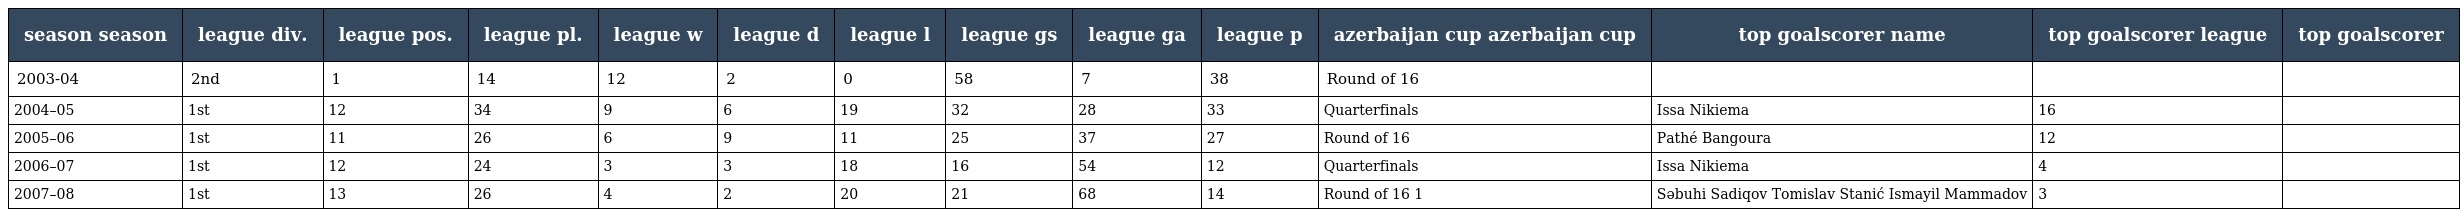
| season season | league div. | league pos. | league pl. | league w | league d | league l | league gs | league ga | league p | azerbaijan cup azerbaijan cup | top goalscorer name | top goalscorer league | top goalscorer |
 | --- | --- | --- | --- | --- | --- | --- | --- | --- | --- | --- | --- | --- | --- |
 | 2003-04 | 2nd | 1 | 14 | 12 | 2 | 0 | 58 | 7 | 38 | Round of 16 |  |  |  |
 | 2004–05 | 1st | 12 | 34 | 9 | 6 | 19 | 32 | 28 | 33 | Quarterfinals | Issa Nikiema | 16 |  |
 | 2005–06 | 1st | 11 | 26 | 6 | 9 | 11 | 25 | 37 | 27 | Round of 16 | Pathé Bangoura | 12 |  |
 | 2006–07 | 1st | 12 | 24 | 3 | 3 | 18 | 16 | 54 | 12 | Quarterfinals | Issa Nikiema | 4 |  |
 | 2007–08 | 1st | 13 | 26 | 4 | 2 | 20 | 21 | 68 | 14 | Round of 16 1 | Səbuhi Sadiqov Tomislav Stanić Ismayil Mammadov | 3 |  |